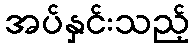
အပ်နှင်းသည့်